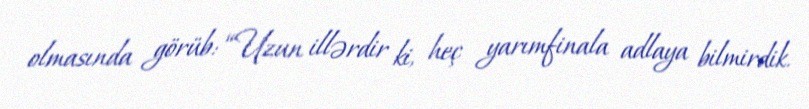
olmasında görüb: “Uzun illərdir ki, heç yarımfinala adlaya bilmirdik.